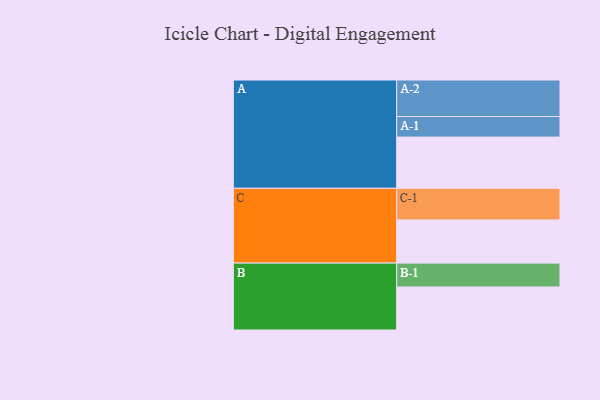
{"axis": {"x": "Segment", "y": "Value"}, "legend": ["", "A", "B", "C"], "data": [{"x": "A", "y": 408, "type": ""}, {"x": "B", "y": 343, "type": ""}, {"x": "C", "y": 344, "type": ""}, {"x": "A-1", "y": 164, "type": "A"}, {"x": "A-2", "y": 291, "type": "A"}, {"x": "B-1", "y": 190, "type": "B"}, {"x": "C-1", "y": 252, "type": "C"}]}